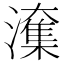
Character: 𭳑